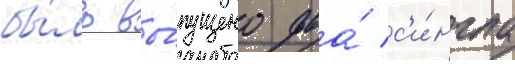
бы́ло вы́пущено два́ с'и́нгла